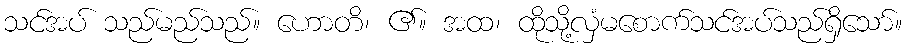
သင်အပ် သည်မည်သည်။ ဟောတိ၊ ၏။ အထ၊ ထိုသို့လှံမစောက်သင်အပ်သည်ရှိသော်။